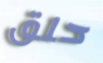
حلق